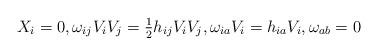
LaTeX: \begin{align*}X_i= 0, \omega_{ij}V_i V_j = \tfrac{1}{2} h_{ij}V_i V_j, \omega_{ia}V_i = h_{ia}V_i, \omega_{ab} = 0\end{align*}